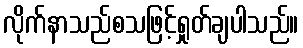
လိုက်နာသည်စသဖြင့်ရှုတ်ချပါသည်။